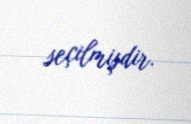
seçilmişdir.